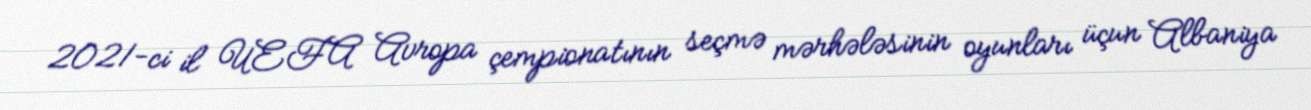
2021-ci il UEFA Avropa çempionatının seçmə mərhələsinin oyunları üçun Albaniya